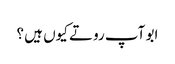
ابو آپ روتے کیوں ہیں ؟